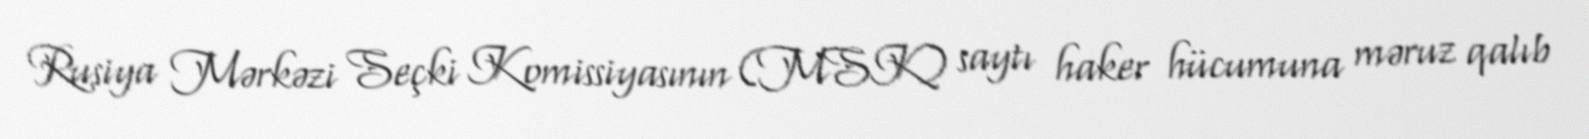
Rusiya Mərkəzi Seçki Komissiyasının (MSK) saytı haker hücumuna məruz qalıb